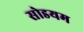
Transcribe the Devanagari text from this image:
सोडयम